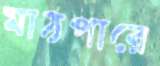
মাঠপারে